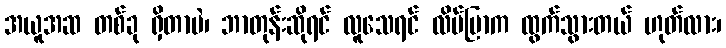
အယူအဆ တစ်ခု ရှိတာပဲ၊ ဘာတုန်းဆိုရင် လူသေရင် လိပ်ပြာက ထွက်သွားတယ် ဟုတ်လား၊